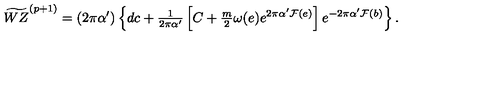
\widetilde { W Z } ^ { ( p + 1 ) } = ( 2 \pi \alpha ^ { \prime } ) \left\{ d c + { \textstyle \frac { 1 } { 2 \pi \alpha ^ { \prime } } } \left[ C + { \textstyle \frac { m } { 2 } } \omega ( e ) e ^ { 2 \pi \alpha ^ { \prime } { \cal F } ( e ) } \right] e ^ { - 2 \pi \alpha ^ { \prime } { \cal F } ( b ) } \right\} .